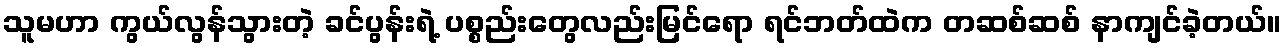
သူမဟာ ကွယ်လွန်သွားတဲ့ ခင်ပွန်းရဲ့ ပစ္စည်းတွေလည်းမြင်ရော ရင်ဘတ်ထဲက တဆစ်ဆစ် နာကျင်ခဲ့တယ်။